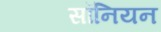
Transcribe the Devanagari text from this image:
सॉनियन